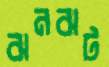
ঝনঝট